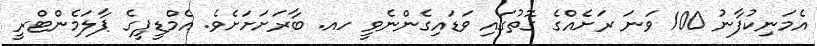
އެމަނިކުފާނު 100 ވަނަ ރަށެއްގެ ގޮތުގައި ވަޑައިގެންނެވީ ހއ. ބާރަށަށަށެވެ. އެމްޑީޕީގެ ޕާލަމެންޓްރީ